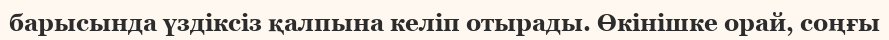
барысында үздіксіз қалпына келіп отырады. Өкінішке орай, соңғы